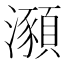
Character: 𤃣